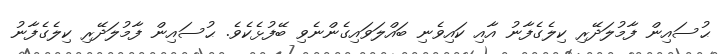
ޙުސައިން ފާމުލަދޭރި ކިލެގެފާނު އާއި ކައިވެނި ބައްލަވައިގެންނެވި ބޭފުޅެކެވެ. ޙުސައިން ފާމުލަދޭރި ކިލެގެފާނު